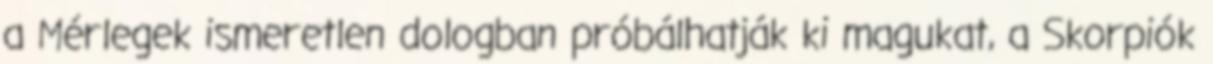
a Mérlegek ismeretlen dologban próbálhatják ki magukat, a Skorpiók